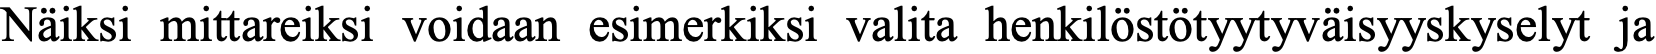
Näiksi mittareiksi voidaan esimerkiksi valita henkilöstötyytyväisyyskyselyt ja